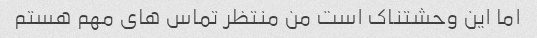
اما این وحشتناک است من منتظر تماس های مهم هستم